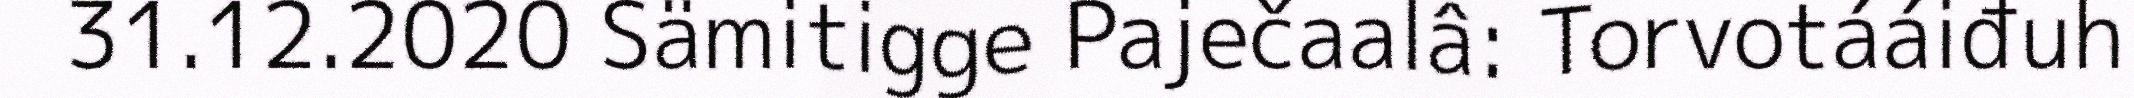
31.12.2020 Sämitigge Paječaalâ: Torvotááiđuh